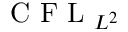
\mathrm { ~ C ~ F ~ L ~ } _ { L ^ { 2 } }